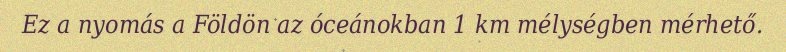
Ez a nyomás a Földön az óceánokban 1 km mélységben mérhető.